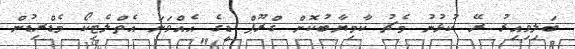
ބަލިވިއިރު ރޭ ކުޅުނު މެޗު ކާމިޔާބުކޮށް ގްރޫޕް ޑީގެ އެއްވަނަ އެތްލެޓިކޯ މެޑްރިޑުން